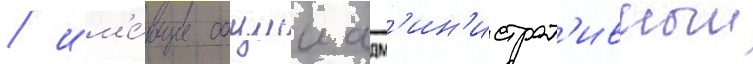
/ им'е́ющие общии адм'ин'истрат'ивныи